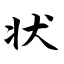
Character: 状